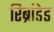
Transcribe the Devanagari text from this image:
रिब्रांडेड